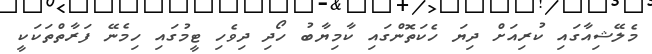
މެލޭޝިއާގައި ކުރިއަށް ދިޔަ ހެކަތޮންގައި ކާމިޔާބު ހޯދި ދިވެހި ޓީމުގައި ހިމެނޭ ފަރާތްތަކަކީ